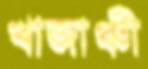
খাজাঞ্চী